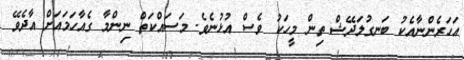
އަހަރެންނާއެކު ބަނގުލަދޭޝް ތިން މީހަކު ވެސް އުޅުނެވެ. މަސައްކަތް ނިންމާ ގެއާހަމައަށް އާދެވޭ